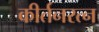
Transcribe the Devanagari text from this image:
कीर्तनरत्‍न